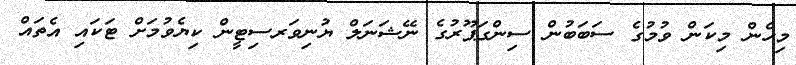
މިހެން މިކަން ވުމުގެ ސަބަބުން ސިންގަޕޫރުގެ ނޭޝަނަލް ޔުނިވަރސިޓީން ކިޔެވުމަށް ޓަކައި އެތައް